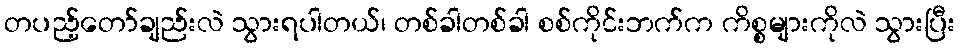
တပည့်တော်ချည်းလဲ သွားရပါတယ်၊ တစ်ခါတစ်ခါ စစ်ကိုင်းဘက်က ကိစ္စများကိုလဲ သွားပြီး